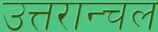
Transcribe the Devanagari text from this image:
उत्तरान्चल